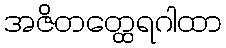
အဇိတတ္ထေရဂါထာ